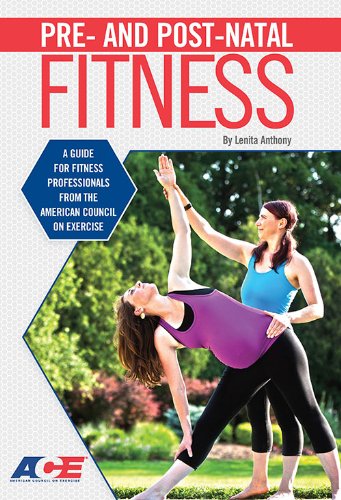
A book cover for Pre- And Post-Natal Fitness: A Guide for Fitness Professionals from the American Council on Exercise; Lenita Anthony; Health, Fitness & Dieting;